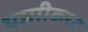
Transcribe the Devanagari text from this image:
थम्मीकरट